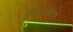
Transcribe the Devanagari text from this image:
ऑस्टरलिट्ज़